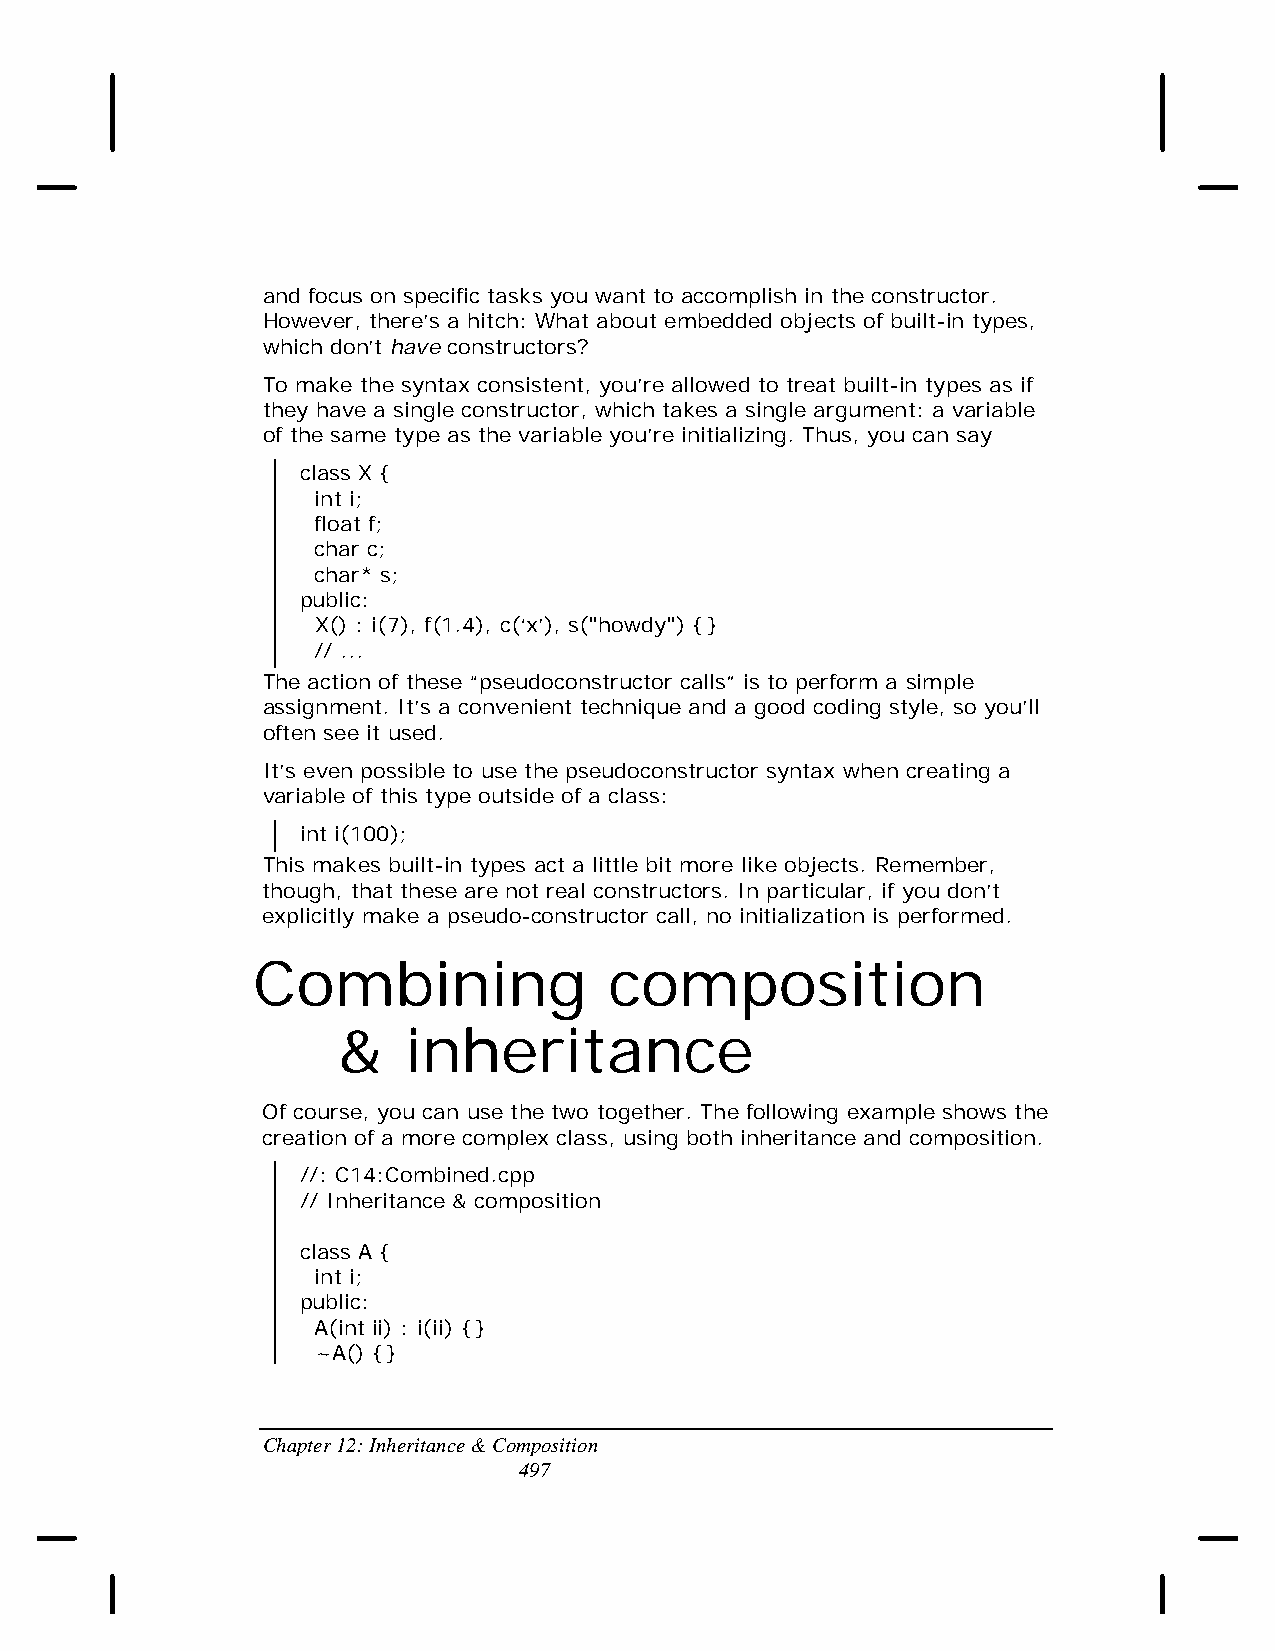
and focus on specific tasks you want to accomplish in the constructor.
 However, there’s a hitch: What about embedded objects of built-in types,
 which don’t have constructors?
 To make the syntax consistent, you’re allowed to treat built-in types as if
 they have a single constructor, which takes a single argument: a variable
 of the same type as the variable you’re initializing. Thus, you can say
 class X {
 int i;
 float f;
 char c;
 char* s;
 public:
 X() : i(7), f(1.4), c(‘x’), s("howdy") {}
 // ...
 The action of these “pseudoconstructor calls” is to perform a simple
 assignment. It’s a convenient technique and a good coding style, so you’ll
 often see it used.
 It’s even possible to use the pseudoconstructor syntax when creating a
 variable of this type outside of a class:
 int i(100);
 This makes built-in types act a little bit more like objects. Remember,
 though, that these are not real constructors. In particular, if you don’t
 explicitly make a pseudo-constructor call, no initialization is performed.
 Combining              composition
 &    inheritance
 Of course, you can use the two together. The following example shows the
 creation of a more complex class, using both inheritance and composition.
 //: C14:Combined.cpp
 // Inheritance & composition
 class A {
 int i;
 public:
 A(int ii) : i(ii) {}
 ~A() {}
 Chapter 12: Inheritance & Composition
 497